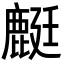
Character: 𪊶